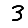
Digit: 3